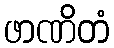
ဖာဏိတံ